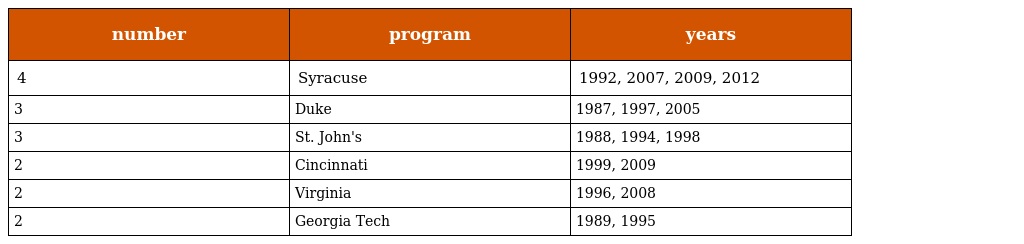
| number | program | years |
 | --- | --- | --- |
 | 4 | Syracuse | 1992, 2007, 2009, 2012 |
 | 3 | Duke | 1987, 1997, 2005 |
 | 3 | St. John's | 1988, 1994, 1998 |
 | 2 | Cincinnati | 1999, 2009 |
 | 2 | Virginia | 1996, 2008 |
 | 2 | Georgia Tech | 1989, 1995 |